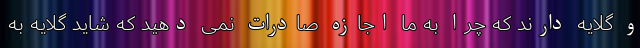
و گلایه دارند که چرا به ما اجازه صادرات نمی دهید که شاید گلایه به